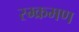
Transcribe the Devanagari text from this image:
स्म्क्रमण